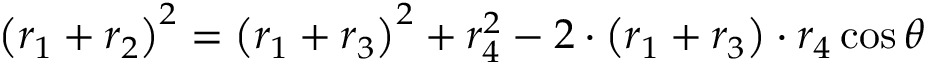
\left( r _ { 1 } + r _ { 2 } \right) ^ { 2 } = \left( r _ { 1 } + r _ { 3 } \right) ^ { 2 } + r _ { 4 } ^ { 2 } - 2 \cdot \left( r _ { 1 } + r _ { 3 } \right) \cdot r _ { 4 } \cos \theta